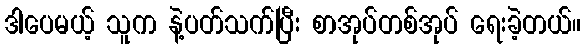
ဒါပေမယ့် သူက နဲ့ပတ်သက်ပြီး စာအုပ်တစ်အုပ် ရေးခဲ့တယ်။